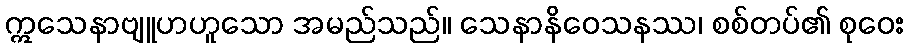
ဣသေနာဗျူဟဟူသော အမည်သည်။ သေနာနိဝေသနဿ၊ စစ်တပ်၏ စုဝေး